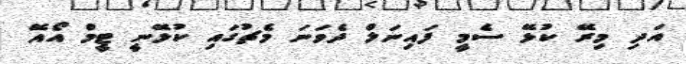
އަދި މިރޭ ކުޅޭ ސެމީ ފައިނަލް ދެވަަނަ މެޗުގައި ކުޅޭނީ ޓީމް އޯއޭ